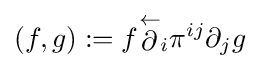
(f,g):=f{\stackrel {\leftarrow }{\partial }}_{i}\pi ^{ij}\partial _{j}g